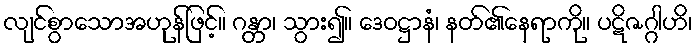
လျင်စွာသောအဟုန်ဖြင့်။ ဂန္တာ၊ သွား၍။ ဒေဝဋ္ဌာနံ၊ နတ်၏နေရာကို။ ပဋိဇဂ္ဂါဟိ၊